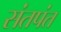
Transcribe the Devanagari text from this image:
संतपंत